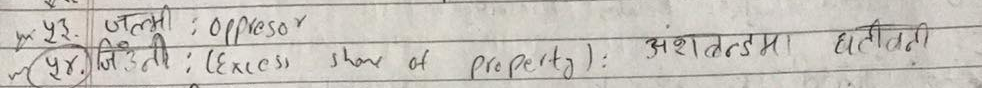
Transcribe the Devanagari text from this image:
५३. जल्मी: oppresor
५४. जिउनी : (Excess
shaw of property): अंशबन्डमा धर्तीवनी